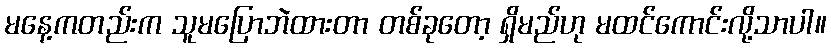
မနေ့ကတည်းက သူမပြောဘဲထားတာ တစ်ခုတော့ ရှိမည်ဟု မထင်ကောင်းလို့သာပါ။